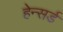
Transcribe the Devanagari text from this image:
हेन्सर्ड